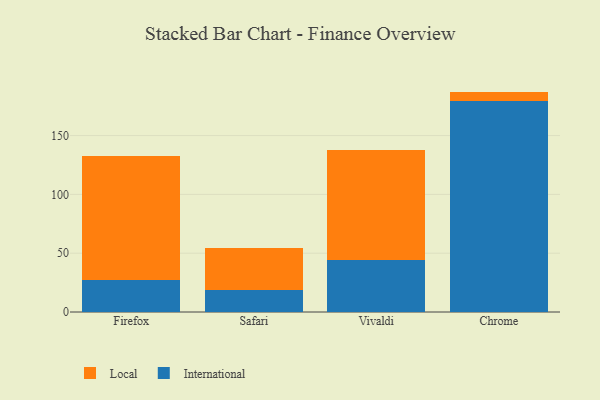
{"axis": {"x": "Browser", "y": "Temperature (°C)"}, "legend": ["International", "Local"], "data": [{"x": "Firefox", "y": 27.4, "type": "International"}, {"x": "Firefox", "y": 105.0, "type": "Local"}, {"x": "Safari", "y": 18.9, "type": "International"}, {"x": "Safari", "y": 35.2, "type": "Local"}, {"x": "Vivaldi", "y": 44.6, "type": "International"}, {"x": "Vivaldi", "y": 93.0, "type": "Local"}, {"x": "Chrome", "y": 179.2, "type": "International"}, {"x": "Chrome", "y": 8.2, "type": "Local"}]}